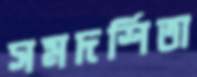
সমদর্শিতা